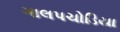
ગાલપચોડિયા